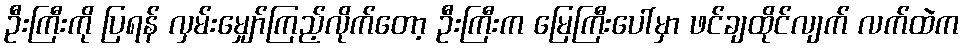
ဦးကြီးကို ပြရန် လှမ်းမျှော်ကြည့်လိုက်တော့ ဦးကြီးက မြေကြီးပေါ်မှာ ဖင်ချထိုင်လျက် လက်ထဲက